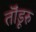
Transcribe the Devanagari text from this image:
तॊंडूरु